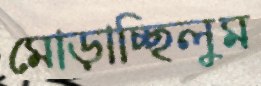
মোড়াচ্ছিলুম